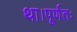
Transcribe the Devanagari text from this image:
था।पूर्णतः